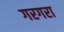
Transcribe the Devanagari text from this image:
गरगरा